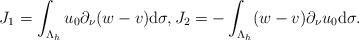
LaTeX: \begin{align*} J_1=\int_{\Lambda_{h}}u_{0}\partial_{\nu}(w-v)\mathrm d\sigma, J_2=-\int_{\Lambda_{h}}(w-v)\partial_{\nu}u_{0}\mathrm d\sigma. \end{align*}